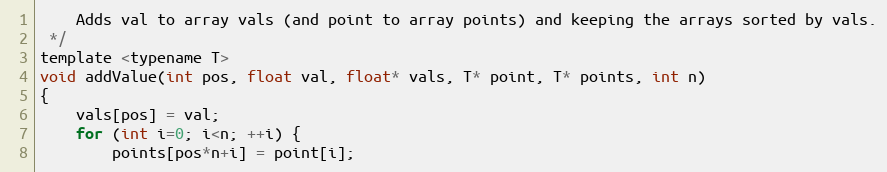
Language: C
    Adds val to array vals (and point to array points) and keeping the arrays sorted by vals.
 */
template <typename T>
void addValue(int pos, float val, float* vals, T* point, T* points, int n)
{
    vals[pos] = val;
    for (int i=0; i<n; ++i) {
        points[pos*n+i] = point[i];